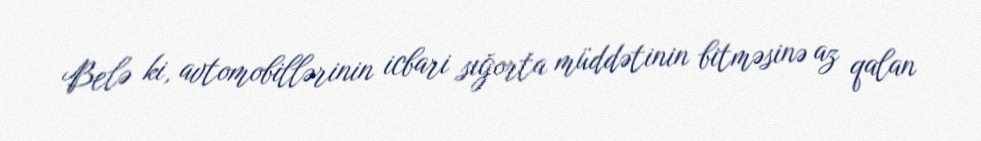
Belə ki, avtomobillərinin icbari sığorta müddətinin bitməsinə az qalan